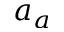
a _ { a }